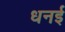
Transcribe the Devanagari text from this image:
धनई